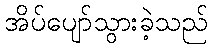
အိပ်ပျော်သွားခဲ့သည်